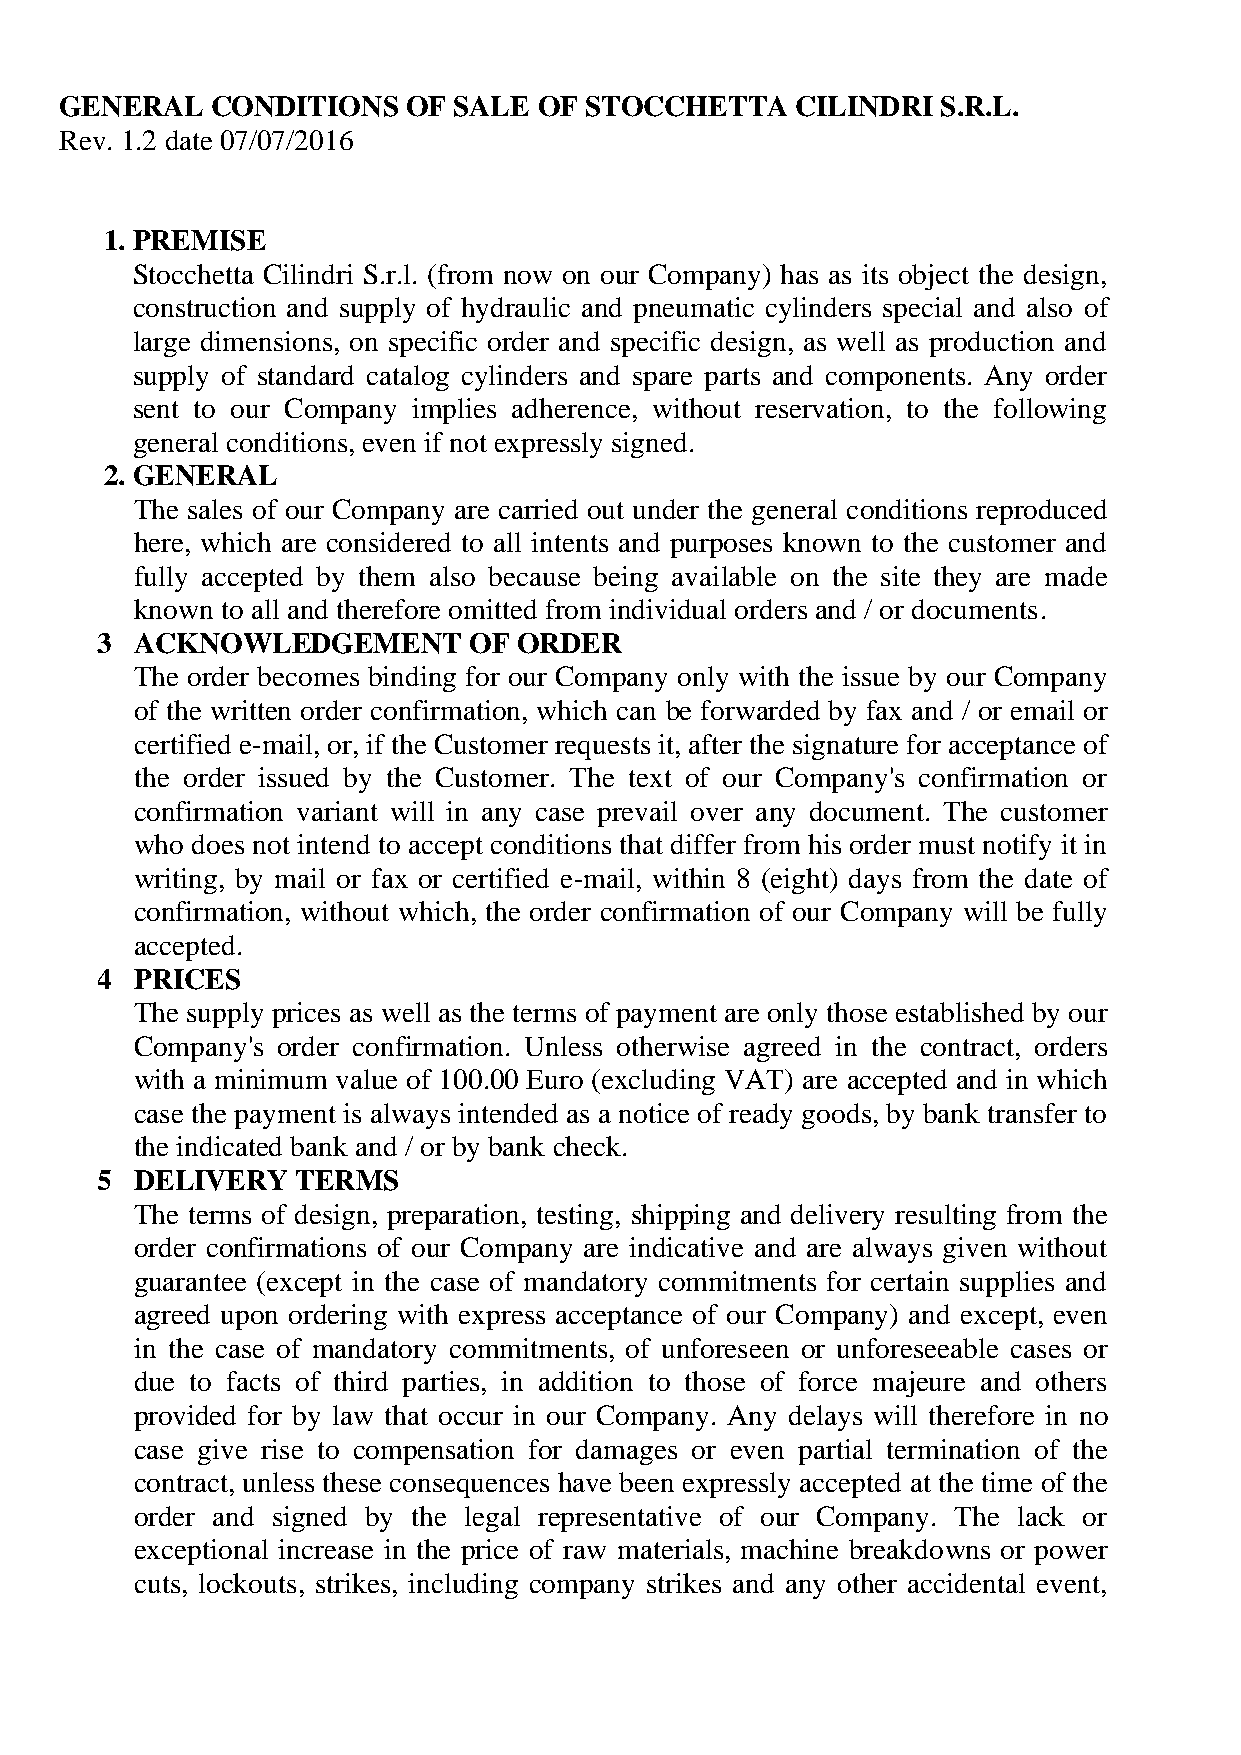
GENERAL   CONDITIONS   OF SALE  OF STOCCHETTA    CILINDRI S.R.L.
 Rev. 1.2 date 07/07/2016
 1. PREMISE
 Stocchetta Cilindri S.r.l. (from now on our Company) has as its object the design,
 construction and supply of hydraulic and pneumatic cylinders special and also of
 large dimensions, on specific order and specific design, as well as production and
 supply of standard catalog cylinders and spare parts and components. Any order
 sent to our Company implies adherence, without reservation, to the following
 general conditions, even if not expressly signed.
 2. GENERAL
 The sales of our Company are carried out under the general conditions reproduced
 here, which are considered to all intents and purposes known to the customer and
 fully accepted by them also because being available on the site they are made
 known to all and therefore omitted from individual orders and / or documents.
 3  ACKNOWLEDGEMENT       OF ORDER
 The order becomes binding for our Company only with the issue by our Company
 of the written order confirmation, which can be forwarded by fax and / or email or
 certified e-mail, or, if the Customer requests it, after the signature for acceptance of
 the order issued by the Customer. The text of our Company's confirmation or
 confirmation variant will in any case prevail over any document. The customer
 who does not intend to accept conditions that differ from his order must notify it in
 writing, by mail or fax or certified e-mail, within 8 (eight) days from the date of
 confirmation, without which, the order confirmation of our Company will be fully
 accepted.
 4  PRICES
 The supply prices as well as the terms of payment are only those established by our
 Company's order confirmation. Unless otherwise agreed in the contract, orders
 with a minimum value of 100.00 Euro (excluding VAT) are accepted and in which
 case the payment is always intended as a notice of ready goods, by bank transfer to
 the indicated bank and / or by bank check.
 5  DELIVERY   TERMS
 The terms of design, preparation, testing, shipping and delivery resulting from the
 order confirmations of our Company are indicative and are always given without
 guarantee (except in the case of mandatory commitments for certain supplies and
 agreed upon ordering with express acceptance of our Company) and except, even
 in the case of mandatory commitments, of unforeseen or unforeseeable cases or
 due to facts of third parties, in addition to those of force majeure and others
 provided for by law that occur in our Company. Any delays will therefore in no
 case give rise to compensation for damages or even partial termination of the
 contract, unless these consequences have been expressly accepted at the time of the
 order and signed by the legal representative of our Company. The lack or
 exceptional increase in the price of raw materials, machine breakdowns or power
 cuts, lockouts, strikes, including company strikes and any other accidental event,